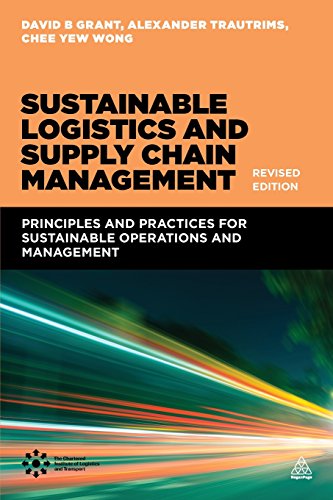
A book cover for Sustainable Logistics and Supply Chain Management: Principles and Practices for Sustainable Operations and Management; David B. Grant; Business & Money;